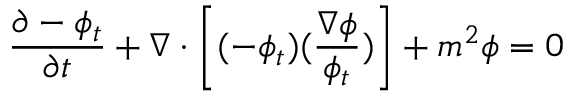
\frac { \partial - \phi _ { t } } { \partial t } + \nabla \cdot \left[ ( - \phi _ { t } ) ( \frac { \nabla \phi } { \phi _ { t } } ) \right] + m ^ { 2 } \phi = 0